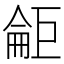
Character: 𱜘